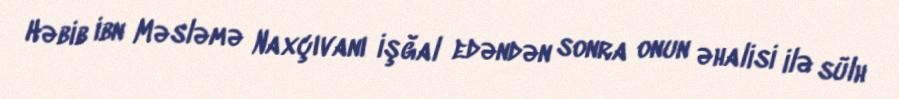
Həbib ibn Məsləmə Naxçıvanı işğal edəndən sonra onun əhalisi ilə sülh